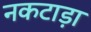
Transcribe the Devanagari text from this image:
नकटाड़ा